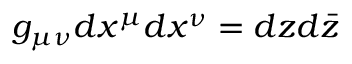
g _ { \mu \nu } d x ^ { \mu } d x ^ { \nu } = d z d { \bar { z } }